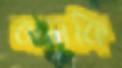
বালকি